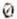
0